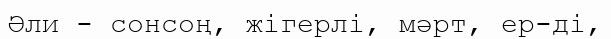
Әли - сонсоң, жігерлі, мәрт, ер-ді,